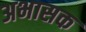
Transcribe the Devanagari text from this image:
अभासक